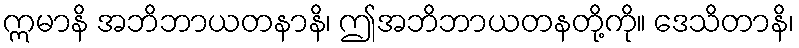
ဣမာနိ အဘိဘာယတနာနိ၊ ဤအဘိဘာယတနတို့ကို။ ဒေသိတာနိ၊